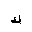
Letter: _kaf